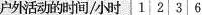
户外活动的时间/小时1236